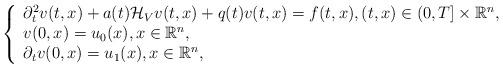
LaTeX: \begin{align*}\left\{\begin{array}{ll}\partial^{2}_{t}v(t,x)+a(t)\mathcal{H}_{V}v(t,x)+q(t)v(t,x)=f(t,x), (t,x) \in(0,T]\times\mathbb{R}^{n},\\v(0,x)=u_{0}(x),x\in\mathbb{R}^{n},\\\partial_{t}v(0,x)=u_1(x),x\in\mathbb{R}^{n},\end{array}\right.\end{align*}